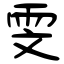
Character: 雯